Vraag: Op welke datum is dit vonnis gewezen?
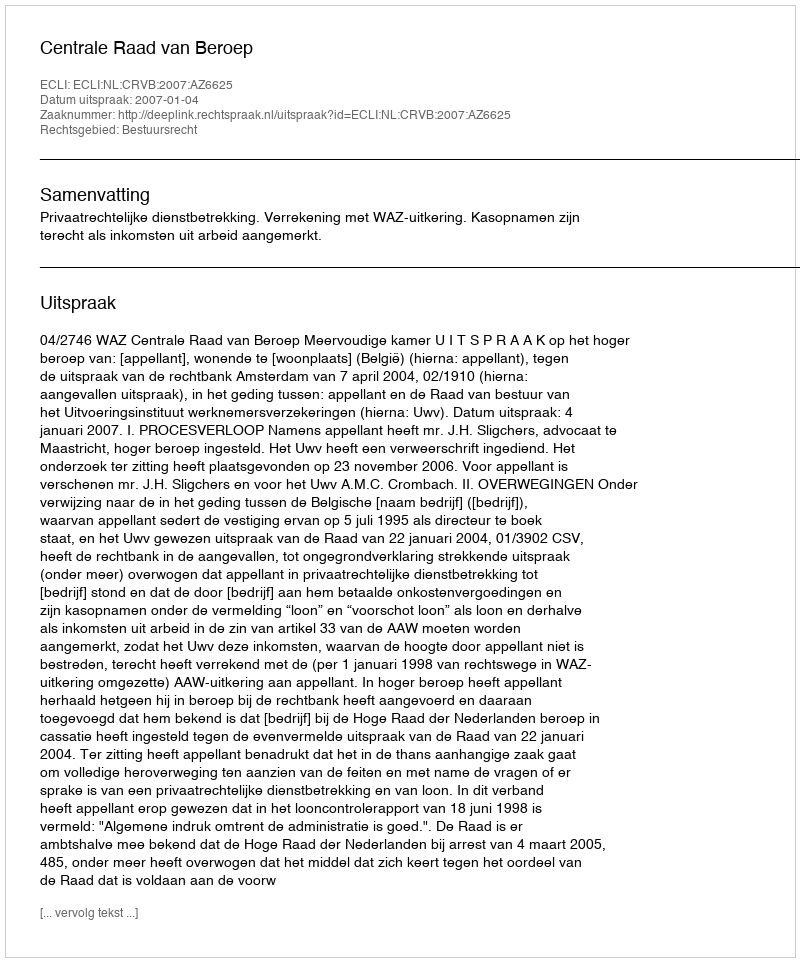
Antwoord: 2007-01-04